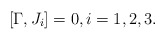
\begin{align*} [\Gamma,J_i]=0,i=1,2,3.\end{align*}